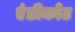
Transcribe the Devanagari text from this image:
एंडीकोट